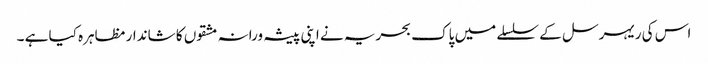
اس کی ریہرسل کے سلسلے میں پاک بحریہ نے اپنی پیشہ ورانہ مشقوں کا شاندار مظاہرہ کیا ہے ۔